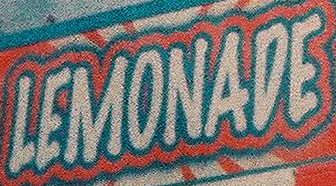
LEMONADE